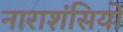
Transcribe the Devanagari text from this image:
नाराशंसियों